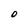
Character: O